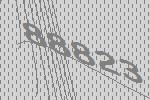
88823